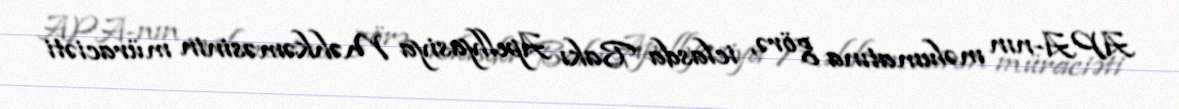
APA-nın məlumatına görə, iclasda Bakı Apellyasiya Məhkəməsinin müraciəti